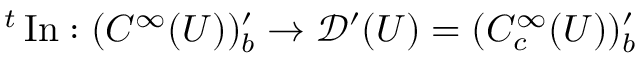
{ } ^ { t } \operatorname { I n } : ( C ^ { \infty } ( U ) ) _ { b } ^ { \prime } \to { \mathcal { D } } ^ { \prime } ( U ) = ( C _ { c } ^ { \infty } ( U ) ) _ { b } ^ { \prime }